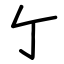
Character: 亇